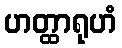
ဟတ္ထာရုဟံ